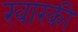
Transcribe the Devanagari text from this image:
खारकी